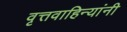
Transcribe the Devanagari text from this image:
वृत्तवाहिन्यांनी